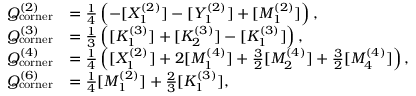
\begin{array} { r l } { Q _ { \mathrm { c o r n e r } } ^ { ( 2 ) } } & { = \frac { 1 } { 4 } \left( - [ X _ { 1 } ^ { ( 2 ) } ] - [ Y _ { 1 } ^ { ( 2 ) } ] + [ M _ { 1 } ^ { ( 2 ) } ] \right) , } \\ { Q _ { \mathrm { c o r n e r } } ^ { ( 3 ) } } & { = \frac { 1 } { 3 } \left( [ K _ { 1 } ^ { ( 3 ) } ] + [ K _ { 2 } ^ { ( 3 ) } ] - [ K _ { 1 } ^ { ( 3 ) } ] \right) , } \\ { Q _ { \mathrm { c o r n e r } } ^ { ( 4 ) } } & { = \frac { 1 } { 4 } \left( [ X _ { 1 } ^ { ( 2 ) } ] + 2 [ M _ { 1 } ^ { ( 4 ) } ] + \frac { 3 } { 2 } [ M _ { 2 } ^ { ( 4 ) } ] + \frac { 3 } { 2 } [ M _ { 4 } ^ { ( 4 ) } ] \right) , } \\ { Q _ { \mathrm { c o r n e r } } ^ { ( 6 ) } } & { = \frac { 1 } { 4 } [ M _ { 1 } ^ { ( 2 ) } ] + \frac { 2 } { 3 } [ K _ { 1 } ^ { ( 3 ) } ] , } \end{array}